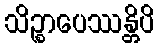
သိဉ္စာပေဿန္တိပိ